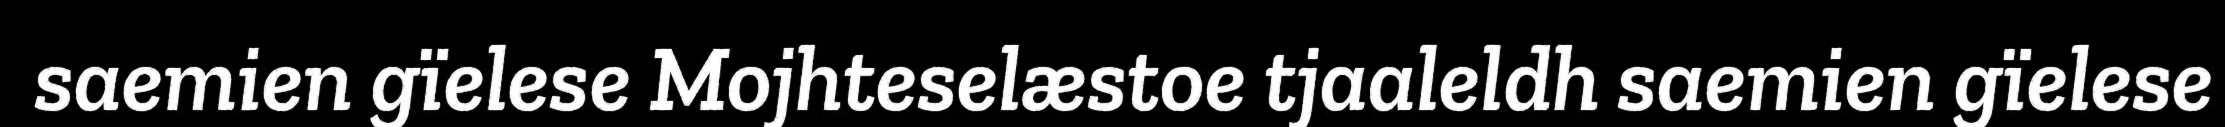
saemien gïelese Mojhteselæstoe tjaaleldh saemien gïelese